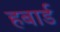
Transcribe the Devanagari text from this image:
हबार्ड